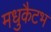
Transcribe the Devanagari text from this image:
मधुकैटभ